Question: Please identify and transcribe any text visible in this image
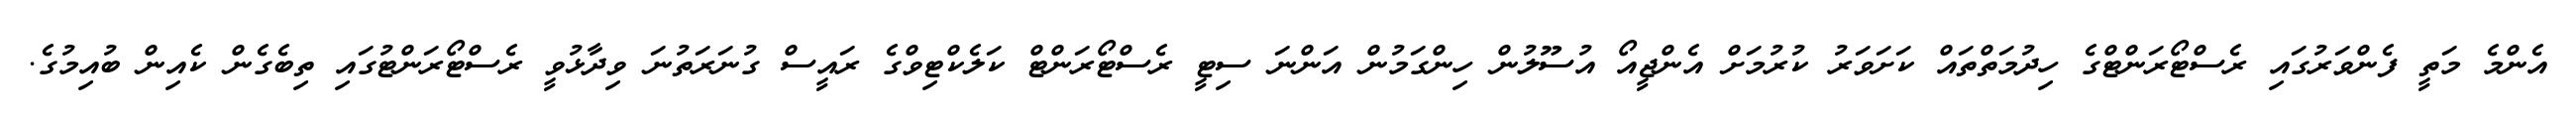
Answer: އެންމެ މަތީ ފެންވަރުގައި ރެސްޓޯރަންޓްގެ ހިދުމަތްތައް ކަށަވަރު ކުރުމަށް އެންޖީއޯ އުސޫލުން ހިންގަމުން އަންނަ ސިޓީ ރެސްޓޯރަންޓް ކަލެކްޓިވްގެ ރައީސް ގުނަރަތުނަ ވިދާޅުވީ ރެސްޓޯރަންޓުގައި ތިބެގެން ކެއިން ބުއިމުގެ.